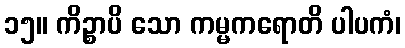
၁၅။ ကိဉ္စာပိ သော ကမ္မကရောတိ ပါပကံ၊